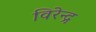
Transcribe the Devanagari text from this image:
विरेन्‍द्र